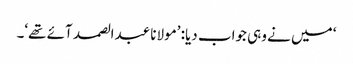
‘ میں نے وہی جواب دیا: ’مولانا عبدالصمد آئے تھے‘۔